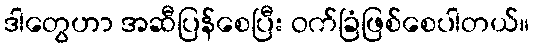
ဒါတွေဟာ အဆီပြန်စေပြီး ဝက်ခြံဖြစ်စေပါတယ်။